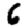
Digit: 6